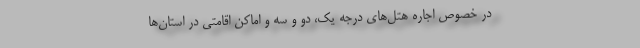
در خصوص اجاره هتل‌های درجه یک، دو و سه و اماکن اقامتی در استان‌ها